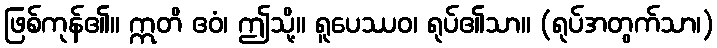
ဖြစ်ကုန်၏။ ဣတိ ဧဝံ၊ ဤသို့။ ရူပေဿဝ၊ ရုပ်၏သာ။ (ရုပ်အတွက်သာ၊)